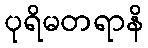
ပုရိမတရာနိ